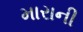
મારાની